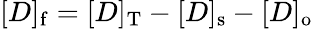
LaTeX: [D]_{\mathrm{f}}=[D]_{\mathrm{T}}-[D]_{\mathrm{s}}-[D]_{\mathrm{o}}